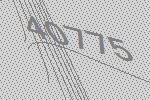
40775